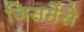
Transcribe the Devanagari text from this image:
जिसमेंसे